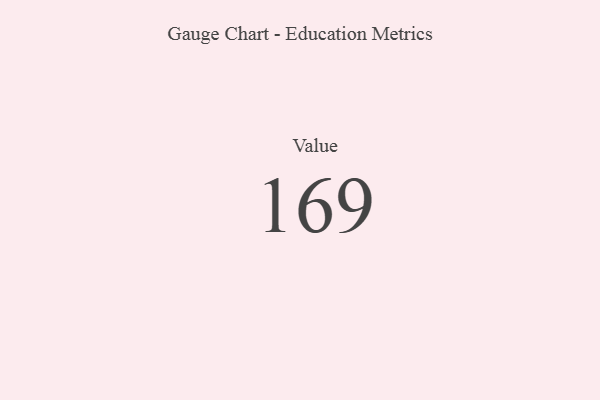
{"axis": {"x": "Metric", "y": "Value"}, "legend": [""], "data": [{"x": "Value", "y": 169, "type": ""}]}